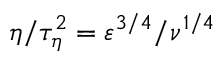
\eta / \tau _ { \eta } ^ { 2 } = \varepsilon ^ { 3 / 4 } / \nu ^ { 1 / 4 }